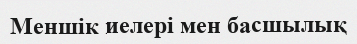
Меншік иелері мен басшылық